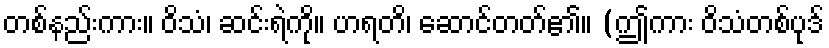
တစ်နည်းကား။ ဝိသံ၊ ဆင်းရဲကို။ ဟရတိ၊ ဆောင်တတ်၏။ (ဤကား ဝိသံတစ်ပုဒ်